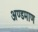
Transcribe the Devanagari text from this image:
अण्डमाण